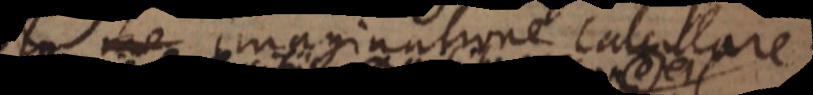
me imaginatione calculare.